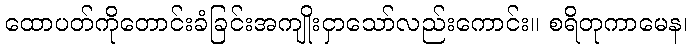
ထောပတ်ကိုတောင်းခံခြင်းအကျိုးငှာသော်လည်းကောင်း။ စရိတုကာမေန၊